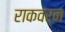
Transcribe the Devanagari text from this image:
राकवर्न